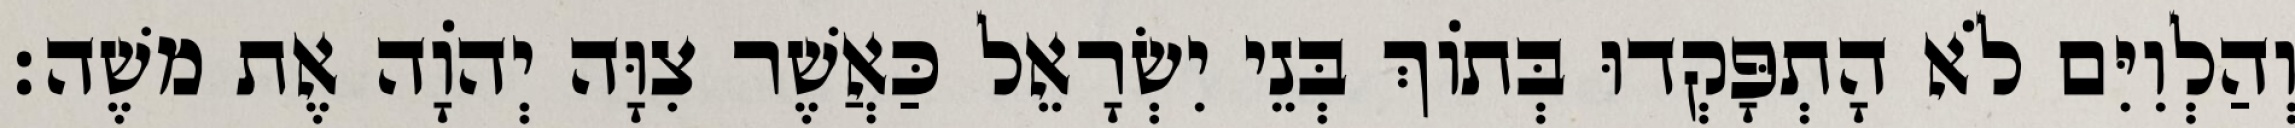
וְהַלְוִיִּם לֹא הָתְפָּקְדוּ בְּתוֹךְ בְּנֵי יִשְׂרָאֵל כַּאֲשֶׁר צִוָּה יְהוָֹה אֶת משֶׁה׃